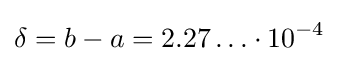
\delta =b-a=2.27\ldots \cdot 10^{-4}